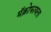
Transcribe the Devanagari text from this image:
मॅक्रोफायला